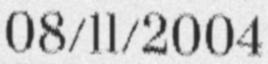
08/11/2004